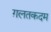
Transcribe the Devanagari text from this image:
ग़लतकदम